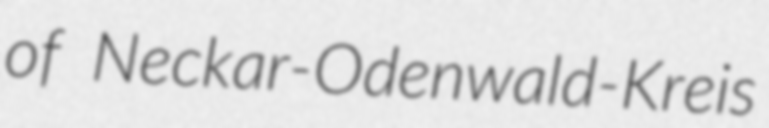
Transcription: of Neckar-Odenwald-Kreis